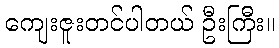
ကျေးဇူးတင်ပါတယ် ဦးကြီး။